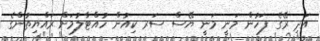
އަދި ރޭގެ ފަހުން މަނީ މަނީ ޔޭސް ސަރ ކިއުން ހުއްޓާލުމަށް ރައްޔިތުންގެ